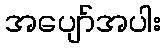
အပျော်အပါး